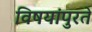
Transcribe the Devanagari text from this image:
विषयांपुरते